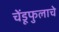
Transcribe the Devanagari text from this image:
चेंडूफुलाचे